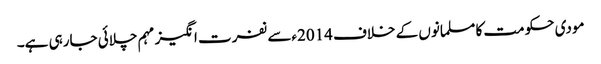
مودی حکومت کا مسلمانوں کے خلاف 2014ءسے نفرت انگیز مہم چلائی جارہی ہے۔